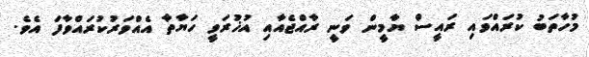
މުހާތަބު ކުރައްވައި ރައީސް ޔާމީން ވަނީ ރާއްޖެއާއި އުޚުރަވީ ހަޔާތާ އެއްވަރުކުރައްވާފަ އެވެ.